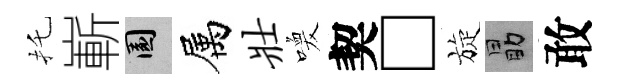
托嶄園属壮喚契□旋勗敢